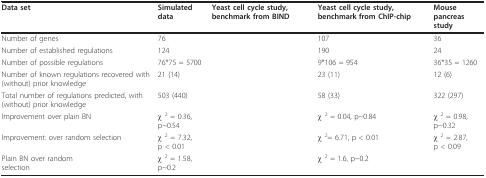
<table><thead><tr><td><b>Data set</b></td><td><b>Simulated data</b></td><td><b>Yeast cell cycle study, benchmark from BIND</b></td><td><b>Yeast cell cycle study, benchmark from ChIP-chip</b></td><td><b>Mouse pancreas study</b></td></tr></thead><tbody><tr><td>Number of genes</td><td>76</td><td>[EMPTY_CELL]</td><td>107</td><td>36</td></tr><tr><td>Number of established regulations</td><td>124</td><td>[EMPTY_CELL]</td><td>190</td><td>24</td></tr><tr><td>Number of possible regulations</td><td>76*75 = 5700</td><td>[EMPTY_CELL]</td><td>9*106 = 954</td><td>36*35 = 1260</td></tr><tr><td>Number of known regulations recovered with (without) prior knowledge</td><td>21 (14)</td><td>[EMPTY_CELL]</td><td>23 (11)</td><td>12 (6)</td></tr><tr><td>Total number of regulations predicted, with (without) prior knowledge</td><td>503 (440)</td><td>[EMPTY_CELL]</td><td>58 (33)</td><td>322 (297)</td></tr><tr><td>Improvement over plain BN</td><td>χ <sup>2 </sup>= 0.36,p~0.54</td><td>[EMPTY_CELL]</td><td>χ <sup>2 </sup>= 0.04, p~0.84</td><td>χ <sup>2 </sup>= 0.98,p~0.32</td></tr><tr><td>Improvement: over random selection</td><td>χ <sup>2 </sup>= 7.32,p &lt; 0.01</td><td>[EMPTY_CELL]</td><td>χ <sup>2</sup>= 6.71, p &lt; 0.01</td><td>χ <sup>2 </sup>= 2.87,p &lt; 0.09</td></tr><tr><td>Plain BN over randomselection</td><td>χ <sup>2 </sup>= 1.58,p~0.2</td><td>[EMPTY_CELL]</td><td>χ <sup>2 </sup>= 1.6, p~0.2</td><td>[EMPTY_CELL]</td></tr></tbody></table>